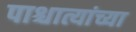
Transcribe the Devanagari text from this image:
पाश्चात्यांच्या